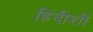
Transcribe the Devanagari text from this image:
हिंदीशी